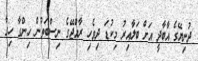
ދުނިޔޭގެ އާބާދީ އަށް ބަލާއިރު މިކުޑަ ދިވެހި ރާއްޖޭގެ ނިސްބަތުން ހިންގާ ހިގާ